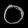
Digit: ၀